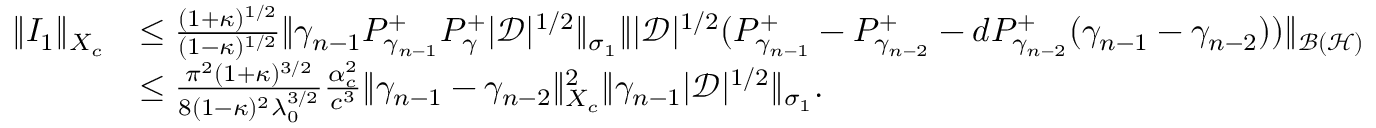
\begin{array} { r l } { \| I _ { 1 } \| _ { X _ { c } } } & { \leq \frac { ( 1 + \kappa ) ^ { 1 / 2 } } { ( 1 - \kappa ) ^ { 1 / 2 } } \| \gamma _ { n - 1 } P _ { \gamma _ { n - 1 } } ^ { + } P _ { \gamma } ^ { + } | \mathcal D | ^ { 1 / 2 } \| _ { \sigma _ { 1 } } \| | \mathcal D | ^ { 1 / 2 } ( P _ { \gamma _ { n - 1 } } ^ { + } - P _ { \gamma _ { n - 2 } } ^ { + } - d P _ { \gamma _ { n - 2 } } ^ { + } ( \gamma _ { n - 1 } - \gamma _ { n - 2 } ) ) \| _ { \mathcal { B } ( \mathcal { H } ) } } \\ & { \leq \frac { \pi ^ { 2 } ( 1 + \kappa ) ^ { 3 / 2 } } { 8 ( 1 - \kappa ) ^ { 2 } \lambda _ { 0 } ^ { 3 / 2 } } \frac { \alpha _ { c } ^ { 2 } } { c ^ { 3 } } \| \gamma _ { n - 1 } - \gamma _ { n - 2 } \| _ { X _ { c } } ^ { 2 } \| \gamma _ { n - 1 } | \mathcal D | ^ { 1 / 2 } \| _ { \sigma _ { 1 } } . } \end{array}